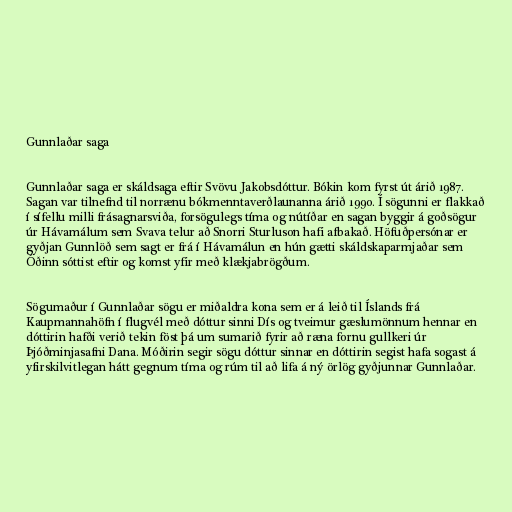
Gunnlaðar saga

Gunnlaðar saga er skáldsaga eftir Svövu Jakobsdóttur. Bókin kom fyrst út árið 1987.
Sagan var tilnefnd til norrænu bókmenntaverðlaunanna árið 1990. Í sögunni er flakkað
í sífellu milli frásagnarsviða, forsögulegs tíma og nútíðar en sagan byggir á goðsögur
úr Hávamálum sem Svava telur að Snorri Sturluson hafi afbakað. Höfuðpersónar er
gyðjan Gunnlöð sem sagt er frá í Hávamálun en hún gætti skáldskaparmjaðar sem
Óðinn sóttist eftir og komst yfir með klækjabrögðum.

Sögumaður í Gunnlaðar sögu er miðaldra kona sem er á leið til Íslands frá
Kaupmannahöfn í flugvél með dóttur sinni Dís og tveimur gæslumönnum hennar en
dóttirin hafði verið tekin föst þá um sumarið fyrir að ræna fornu gullkeri úr
Þjóðminjasafni Dana. Móðirin segir sögu dóttur sinnar en dóttirin segist hafa sogast á
yfirskilvitlegan hátt gegnum tíma og rúm til að lifa á ný örlög gyðjunnar Gunnlaðar.